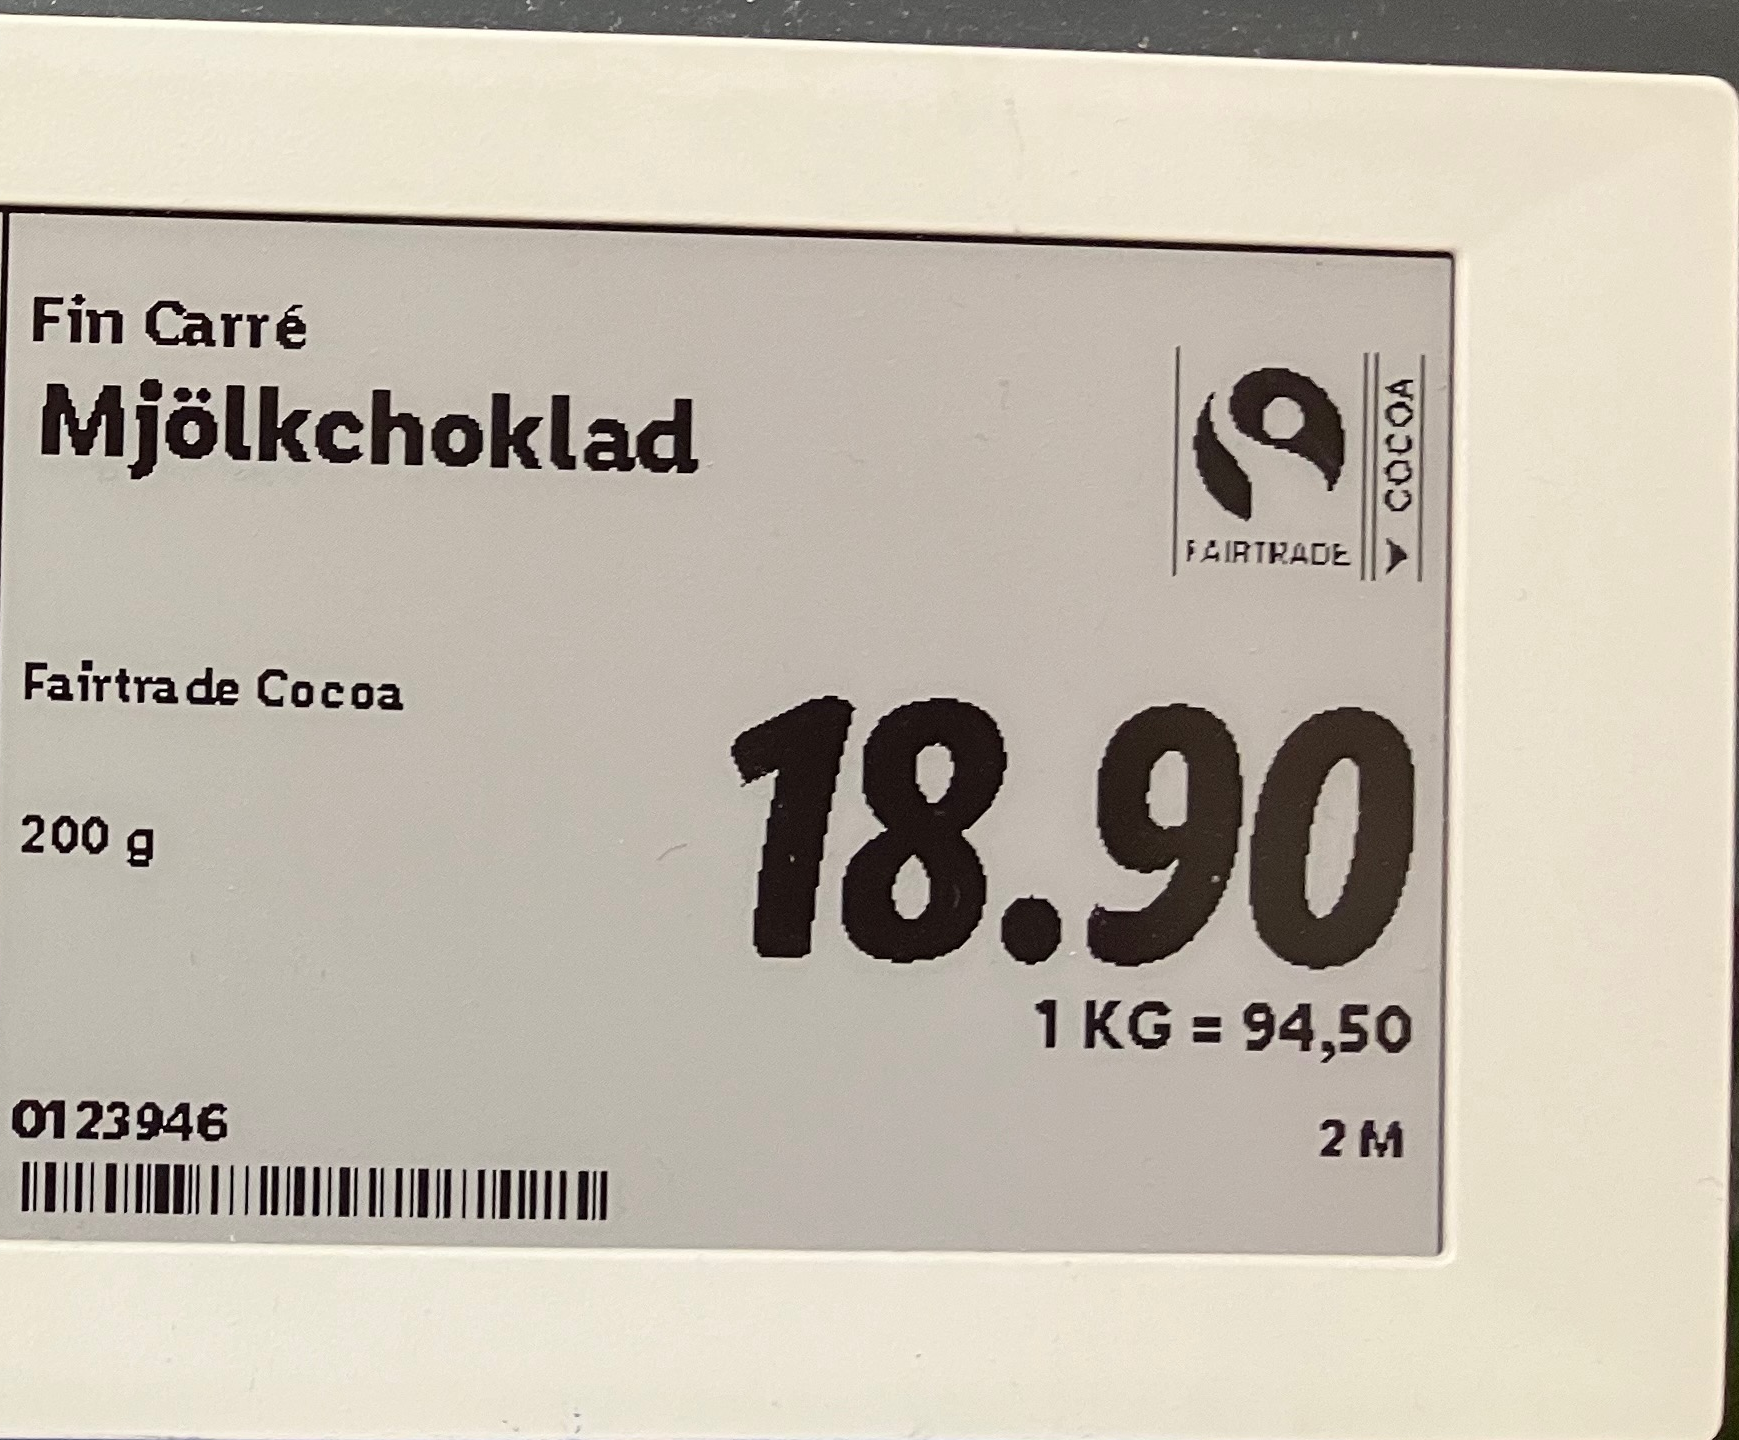
Vara: Mjölkchoklad
Genomsnittspris: 94.5 per kg